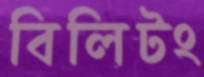
বিলিটং